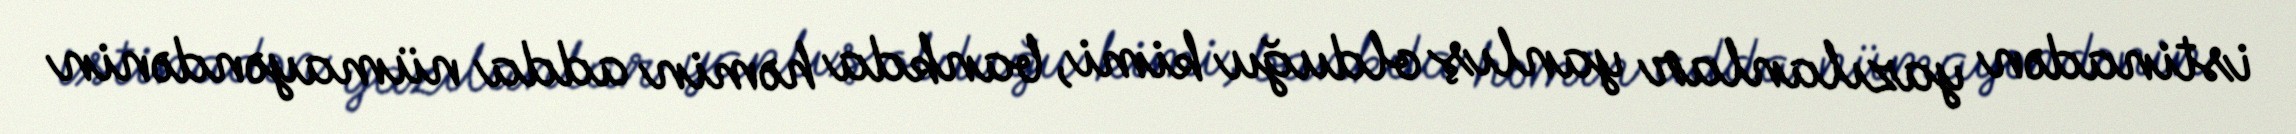
istinadən yazılanlar yanlış olduğu kimi, bankda həmin adda nümayəndənin